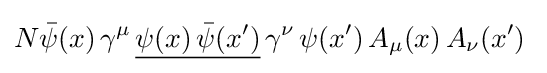
N{\bar {\psi }}(x)\,\gamma ^{\mu }\,{\underline {\psi (x)\,{\bar {\psi }}(x')}}\,\gamma ^{\nu }\,\psi (x')\,A_{\mu }(x)\,A_{\nu }(x')\;